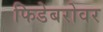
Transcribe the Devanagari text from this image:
फिडेबरोवर